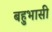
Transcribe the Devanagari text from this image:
बहुभासी